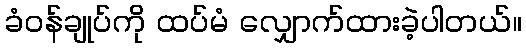
ခံဝန်ချုပ်ကို ထပ်မံ လျှောက်ထားခဲ့ပါတယ်။